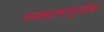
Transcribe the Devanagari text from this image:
व्यग्रतापूर्वक